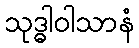
သုဒ္ဓါဝါသာနံ